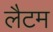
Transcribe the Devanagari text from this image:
लैटम